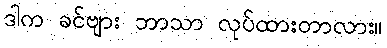
ဒါက ခင်ဗျား ဘာသာ လုပ်ထားတာလား။